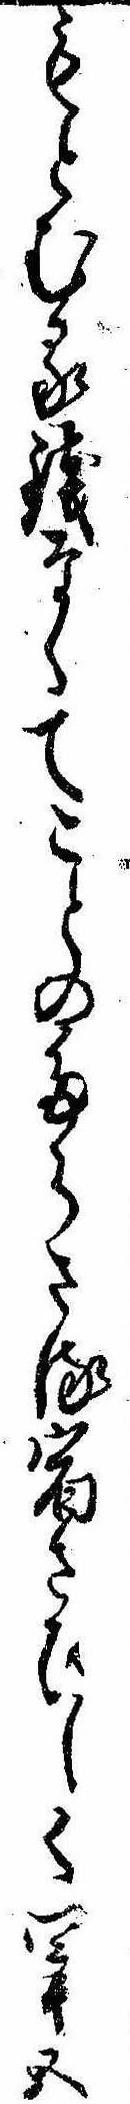
もとむる銭なくてことのたらさる宿さひしく四十五